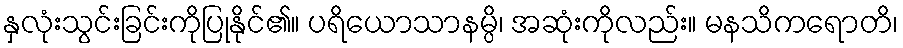
နှလုံးသွင်းခြင်းကိုပြုနိုင်၏။ ပရိယောသာနမ္ပိ၊ အဆုံးကိုလည်း။ မနသိကရောတိ၊